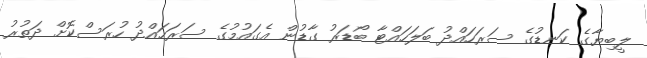
ލީބިޔާގެ ކަނޑުގެ ސަރަހައްދު ބަލަހައްޓާ ބޯޑަރު ގާޑުން އެގައުމުގެ ސަރަހައްދު ހުރަސްކޮށް ދަތުރު